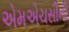
એમએચસીની